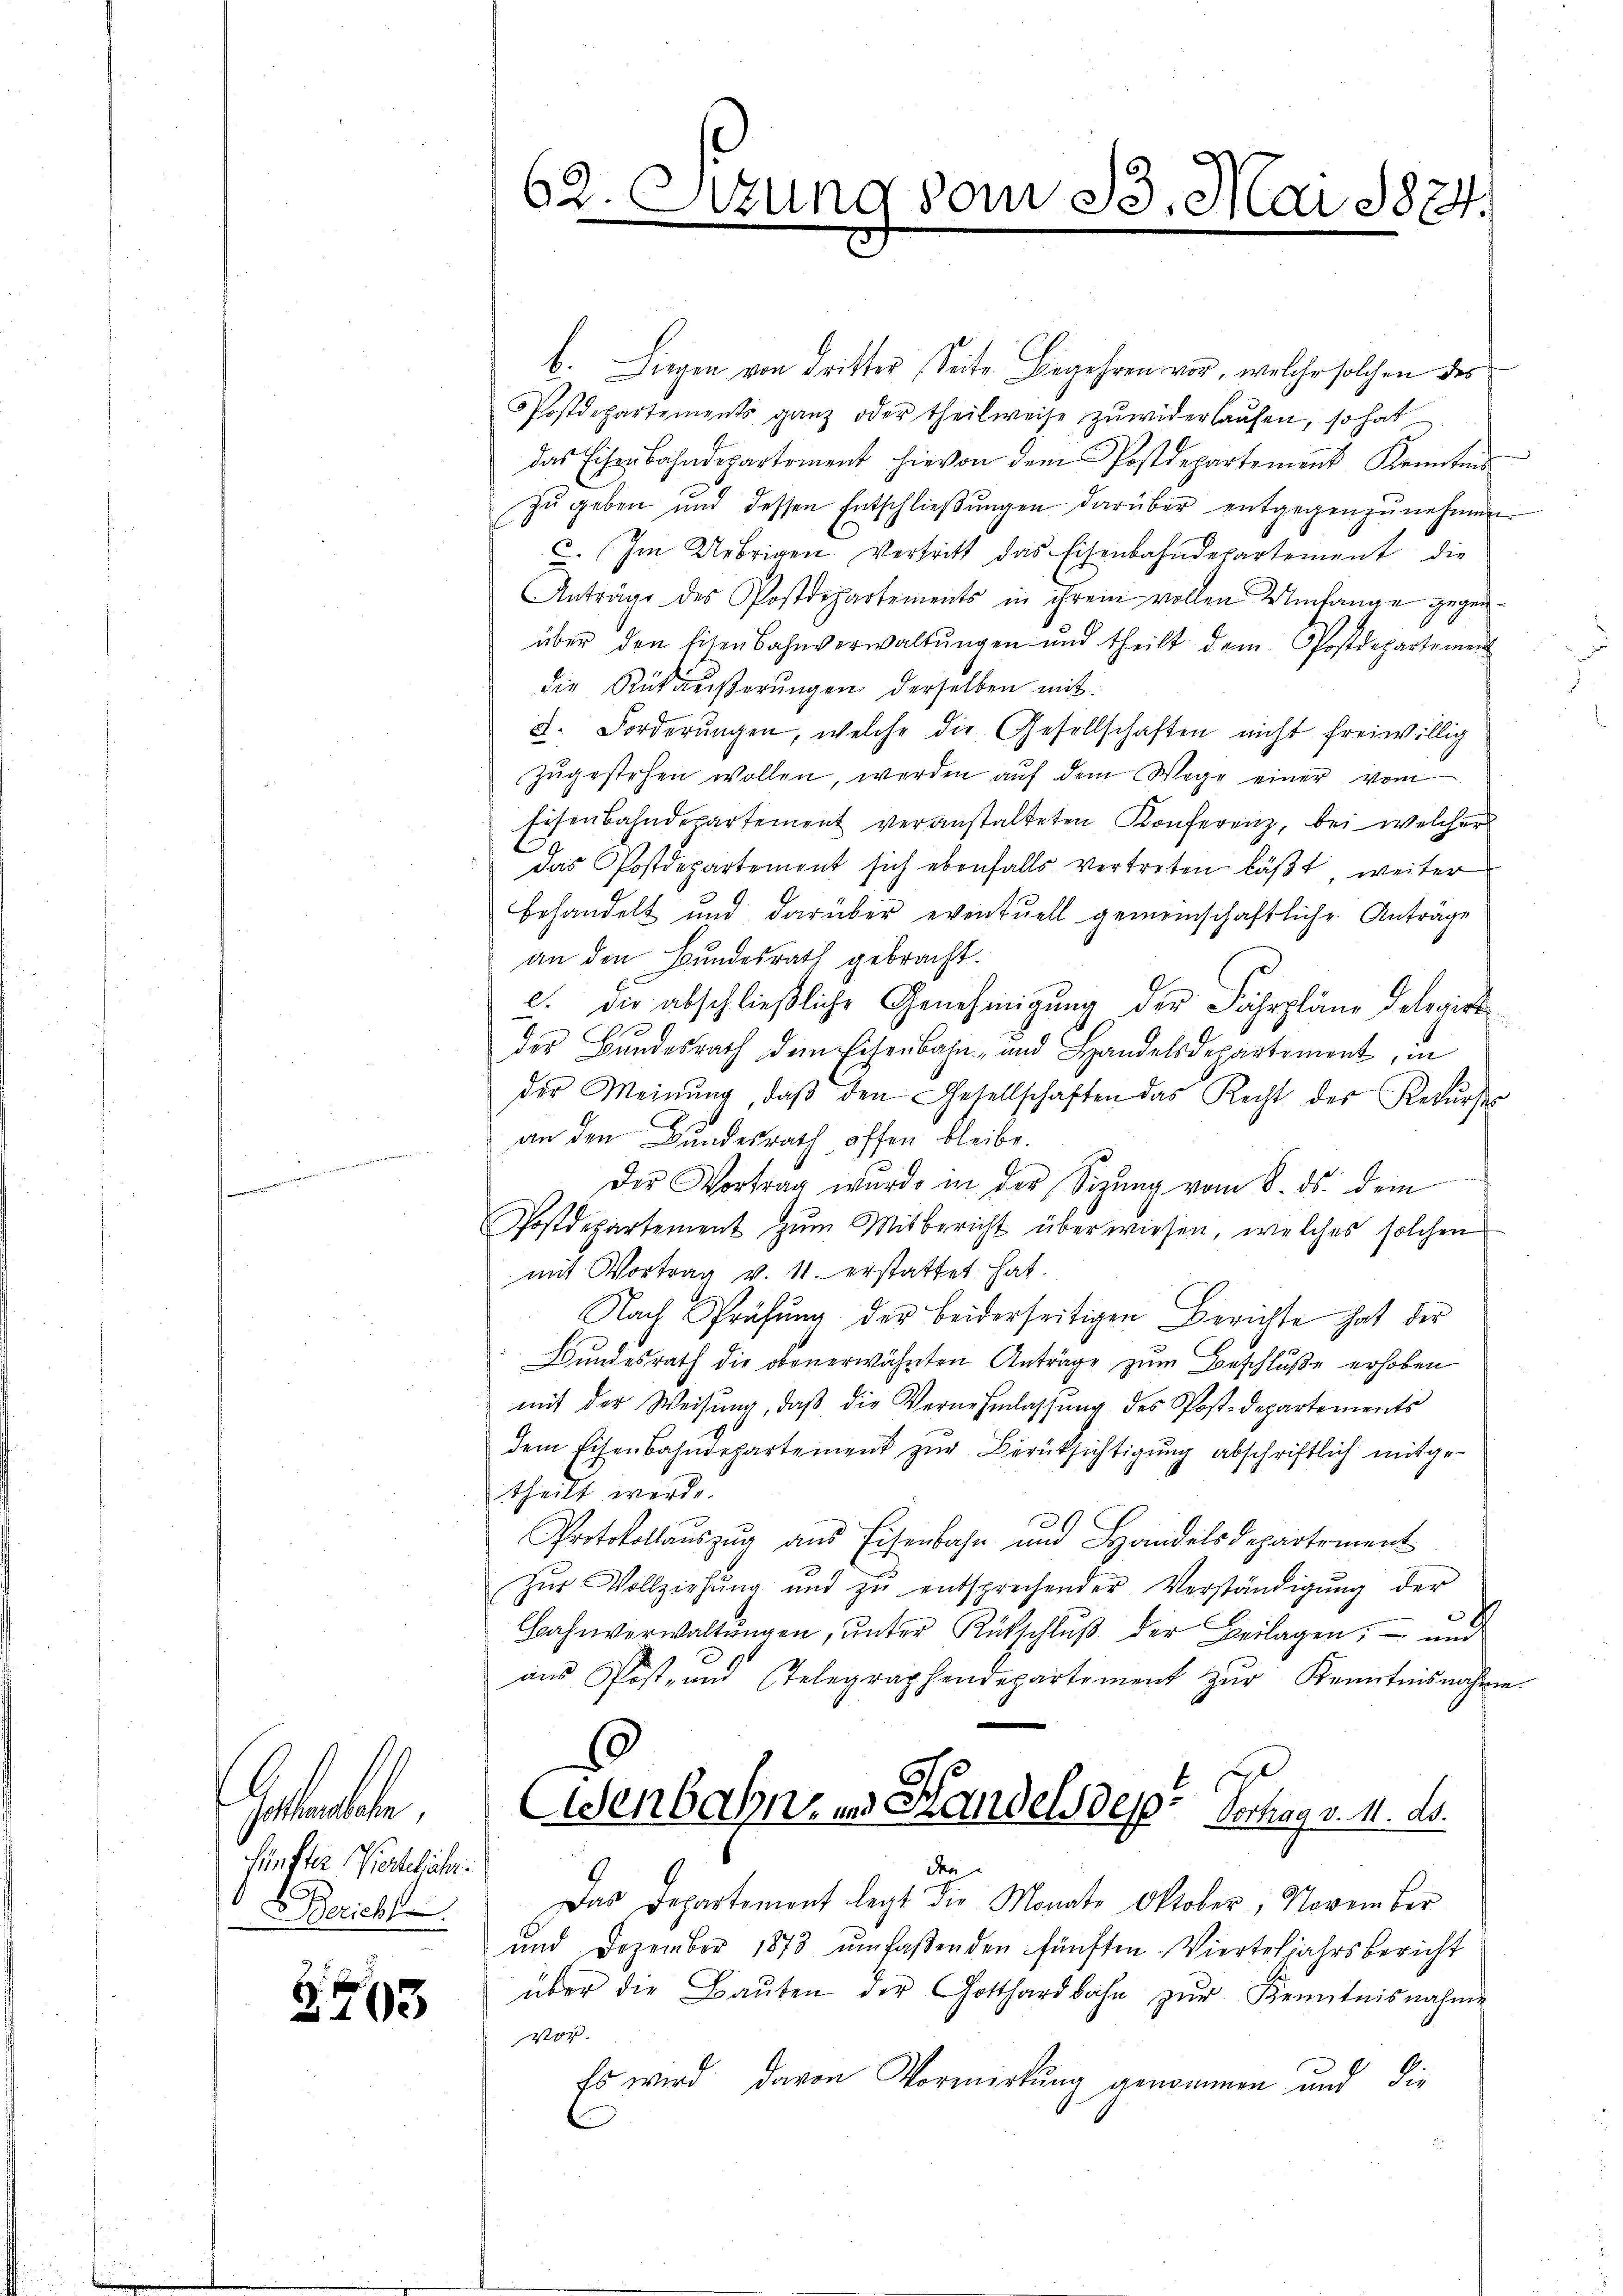
Gedanken.
Fünfter Wochelicher.
Bericht

2703

62. Setzung vom 23. Mai 1874.

b. Liegen von Dritter, Seite Begehren vor, welche solchen des
PPostdepartements ganz oder theilweise zŭwiderlaŭfen, so hat
das Eisenbahndepartement hievon dem Postdepartement Kenntni
zu geben und dessen Entschließungen darüber entgegenzunehmen.
c. Im Uebrigen Vertritt das Eisenbahndepartement die
Anträge des Postdepartements in ihrem vollen Umlange gegenüber den Eisen Bahnverwaltŭngen und theilt dem Postdepartement
die Rückäußerungen derselben mit
d. Forderungen, welche die Gesellschaften nicht freiwillig
zŭgestehen wollen, werden aŭf dem Wege einer vom
Eisenbahndepartement veranstalteten Konferenz, bei welcher
das Postdepartement sich ebenfalls vertreten läßt, weiter
behandelt und darüber eventuell gemeinschaftliche Anträge
an den Bundesrath gebracht.
c. die abschließliche Genehmigung der Fahrpläne delegirt
1
der Bundesrath dem Eisenbahn- und Handelsdepartement, in
der Meinŭng, daβ den Gesellschaften das Recht des Rekŭrses
an den Bundesrath, offen bleibe.
Die Vortrag wurde in der Sitzung vom 8. ds. dem
Postdepartement zum Mitbericht überwiesen, welches solchen
mit Vortrag v. 11. erstattet hat.
Nach Prüfung der beiderseitigen Berichte hat der
Bundesrath die obenerwähnten Anträge zum Beschluße erhoben
mit der Weisŭng, daβ die Vernehmlassŭng des Postdepartements
dem Eisenbahndepartement zur Berüksichtigung abschriftlich mitgetheilt werde.
Protokollauszug aus Eisenbahn und Handelsdepartement
Zŭr Vollziehŭng und zŭ entsprechender Verständigŭng der
Bahnverwaltŭngen, ŭnter Rütschlŭβ der Beilagen; – und
ans Post- und Telegraphendepartement zŭr Kenntnisnahme.
senbahn- und Handels des Verhag v. 11. ds.
dn
9
Das Departement legt die Monate Oktober, November
und Dezember 1873 umfaßenden fünften Vierteljahrsbericht
über die Baŭten der Gotthardbahn zŭr Kenntnisnahme
vor.
Es wird davon Vormerkung genommen und die